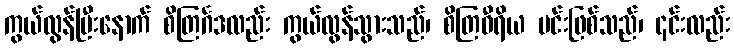
ကွယ်လွန်ပြီးနောက် စိတြင်္ဂဒလည်း ကွယ်လွန်သွားသည်၊ စိတြဝီရိယ မင်းဖြစ်သည်၊ ၎င်းလည်း